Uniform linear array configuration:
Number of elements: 64
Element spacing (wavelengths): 0.75
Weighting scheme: uniform
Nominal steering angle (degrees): -30
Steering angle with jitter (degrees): -28.133
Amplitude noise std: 0.05
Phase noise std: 0.05

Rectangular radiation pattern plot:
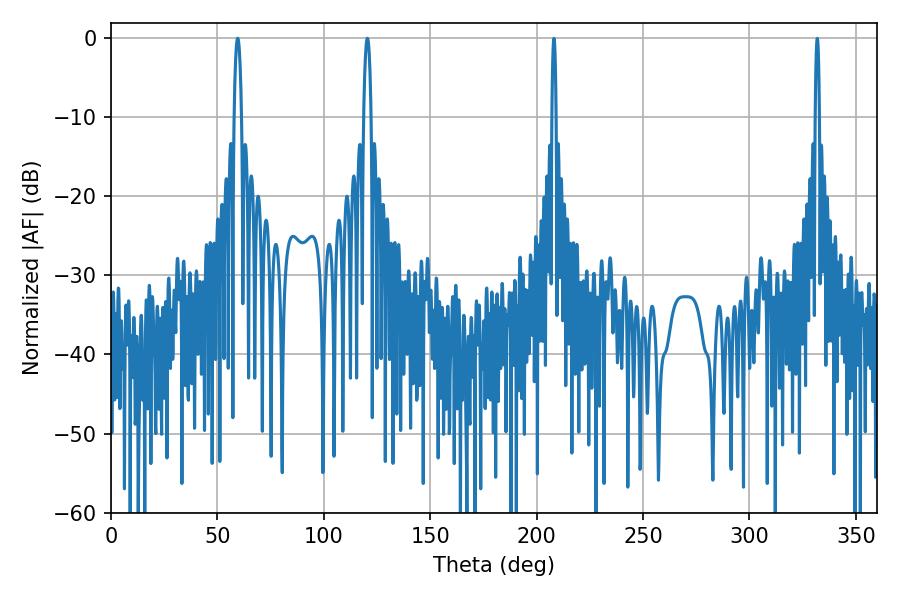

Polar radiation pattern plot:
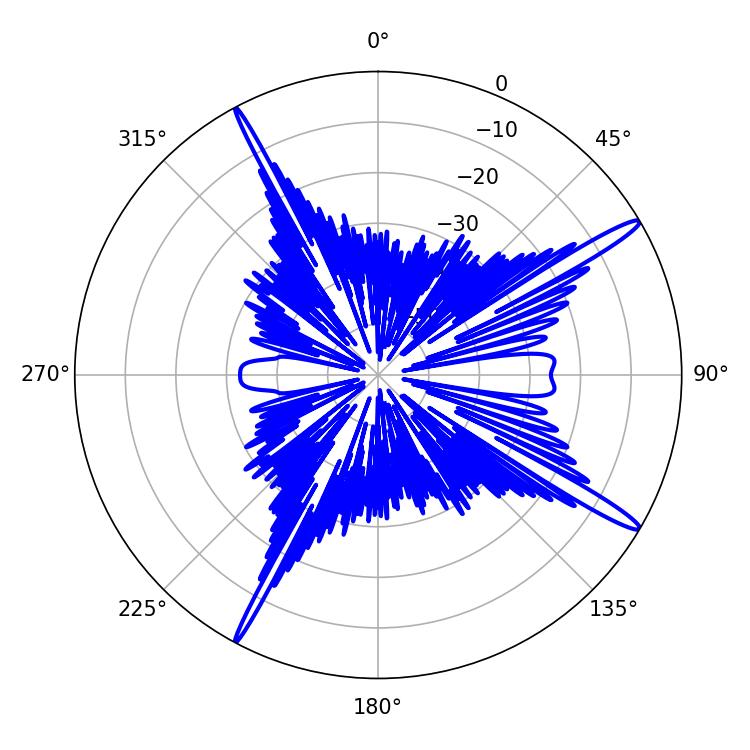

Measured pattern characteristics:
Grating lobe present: TRUE
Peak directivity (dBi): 16.13
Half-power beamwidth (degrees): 1.98
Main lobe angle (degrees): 120.42